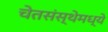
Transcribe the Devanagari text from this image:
चेतसंस्थेमध्ये